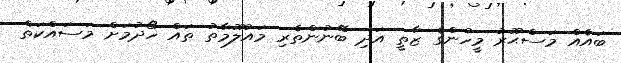
ބައެއް މަސްޙޫރު މީހުންގެ ޒާތީ އަދި ބޭނުންތެރި މައުލޫމާތު ތައް ހޯދުމަށް މަސައްކަތް